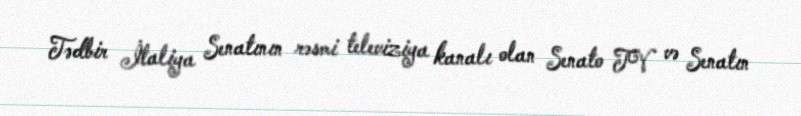
Tədbir İtaliya Senatının rəsmi televiziya kanalı olan Senato TV və Senatın